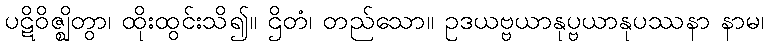
ပဋိဝိဇ္ဈိတွာ၊ ထိုးထွင်းသိ၍။ ဌိတံ၊ တည်သော။ ဥဒယဗ္ဗယာနုပ္ဗယာနုပဿနာ နာမ၊